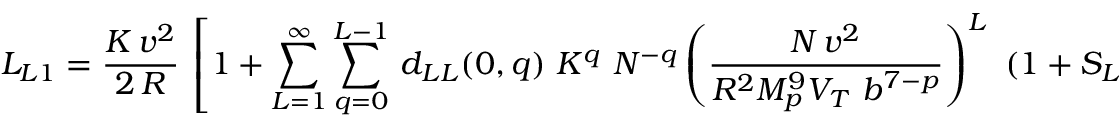
L _ { L 1 } = { \frac { K \, v ^ { 2 } } { 2 \, R } } ~ \left[ 1 + \sum _ { L = 1 } ^ { \infty } \sum _ { q = 0 } ^ { L - 1 } \, d _ { L L } ( 0 , q ) ~ K ^ { q } ~ N ^ { - q } \left( { \frac { N \, v ^ { 2 } } { R ^ { 2 } M _ { p } ^ { 9 } V _ { T } ~ b ^ { 7 - p } } } \right) ^ { L } ~ ( 1 + S _ { L 1 } ) \right]